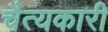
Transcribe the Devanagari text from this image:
चैत्यकारी